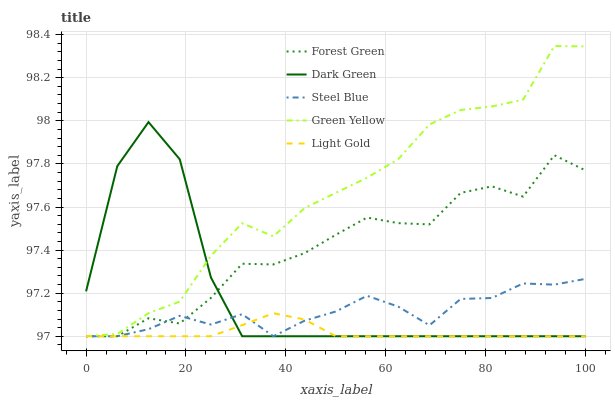
| xaxis_label | Forest Green | Dark Green | Steel Blue | Green Yellow | Light Gold |
 | --- | --- | --- | --- | --- | --- |
 | 0 | 97 | 97.2 | 97 | 97 | 97 |
 | 6.25 | 97 | 97.8 | 97 | 97 | 97 |
 | 12.5 | 97.1 | 98 | 97 | 97.1 | 97 |
 | 18.8 | 97.1 | 97.8 | 97.1 | 97.2 | 97 |
 | 25 | 97.2 | 97.3 | 97.1 | 97.4 | 97 |
 | 31.2 | 97.3 | 97 | 97.1 | 97.5 | 97.1 |
 | 37.5 | 97.3 | 97 | 97 | 97.5 | 97.1 |
 | 43.8 | 97.4 | 97 | 97.1 | 97.6 | 97.1 |
 | 50 | 97.5 | 97 | 97.1 | 97.7 | 97 |
 | 56.2 | 97.6 | 97 | 97.2 | 97.7 | 97 |
 | 62.5 | 97.5 | 97 | 97.1 | 97.8 | 97 |
 | 68.8 | 97.5 | 97 | 97.1 | 98 | 97 |
 | 75 | 97.7 | 97 | 97.2 | 98.1 | 97 |
 | 81.2 | 97.7 | 97 | 97.2 | 98.1 | 97 |
 | 87.5 | 97.6 | 97 | 97.2 | 98.1 | 97 |
 | 93.8 | 97.8 | 97 | 97.2 | 98.3 | 97 |
 | 100 | 97.8 | 97 | 97.3 | 98.3 | 97 |